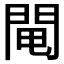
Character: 𨴄